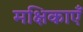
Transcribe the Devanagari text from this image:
मक्षिकाएँ